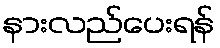
နားလည်ပေးရန်